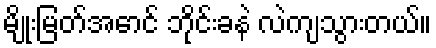
မျိုးမြတ်အောင် ဘိုင်းခနဲ လဲကျသွားတယ်။